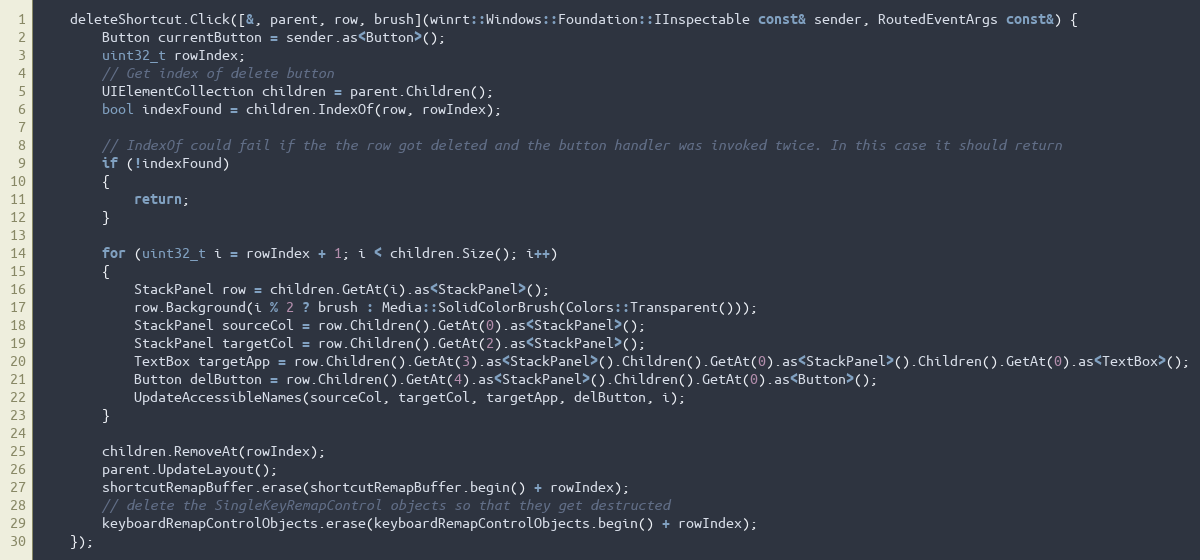
Language: C++
    deleteShortcut.Click([&, parent, row, brush](winrt::Windows::Foundation::IInspectable const& sender, RoutedEventArgs const&) {
        Button currentButton = sender.as<Button>();
        uint32_t rowIndex;
        // Get index of delete button
        UIElementCollection children = parent.Children();
        bool indexFound = children.IndexOf(row, rowIndex);

        // IndexOf could fail if the the row got deleted and the button handler was invoked twice. In this case it should return
        if (!indexFound)
        {
            return;
        }

        for (uint32_t i = rowIndex + 1; i < children.Size(); i++)
        {
            StackPanel row = children.GetAt(i).as<StackPanel>();
            row.Background(i % 2 ? brush : Media::SolidColorBrush(Colors::Transparent()));
            StackPanel sourceCol = row.Children().GetAt(0).as<StackPanel>();
            StackPanel targetCol = row.Children().GetAt(2).as<StackPanel>();
            TextBox targetApp = row.Children().GetAt(3).as<StackPanel>().Children().GetAt(0).as<StackPanel>().Children().GetAt(0).as<TextBox>();
            Button delButton = row.Children().GetAt(4).as<StackPanel>().Children().GetAt(0).as<Button>();
            UpdateAccessibleNames(sourceCol, targetCol, targetApp, delButton, i);
        }

        children.RemoveAt(rowIndex);
        parent.UpdateLayout();
        shortcutRemapBuffer.erase(shortcutRemapBuffer.begin() + rowIndex);
        // delete the SingleKeyRemapControl objects so that they get destructed
        keyboardRemapControlObjects.erase(keyboardRemapControlObjects.begin() + rowIndex);
    });